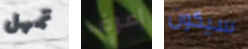
تمهل إعرف سيكون